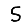
Digit: 5